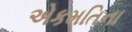
એકમતિના